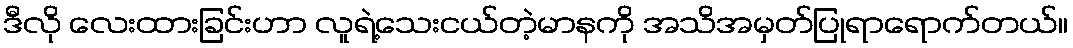
ဒီလို လေးထားခြင်းဟာ လူရဲ့သေးငယ်တဲ့မာနကို အသိအမှတ်ပြုရာရောက်တယ်။